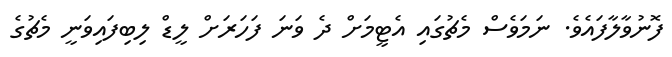
ފޮނުވާލާފައެވެ. ނަމަވެސް މެޗުގައި އެޓީމަށް ދެ ވަނަ ފަހަރަށް ލީޑް ލިބިފައިވަނީ މެޗުގެ